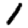
Digit: 1